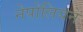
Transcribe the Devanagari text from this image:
नेपोलियने